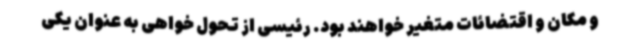
و مکان و اقتضائات متغیر خواهند بود. رئیسی از تحول خواهی به عنوان یکی